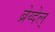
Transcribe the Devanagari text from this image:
ब्रेय्देल्